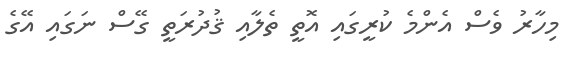
މިހާރު ވެސް އެންމެ ކުރީގައި އޮތީ ތެލާއި ޤުދުރަތީ ގޭސް ނަގައި އޭގެ